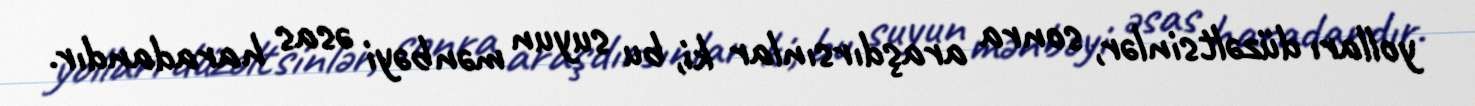
yolları düzəltsinlər, sonra araşdırsınlar ki, bu suyun mənbəyi əsas haradandır.